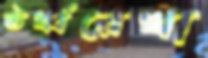
ঊর্ধ্বরেখা